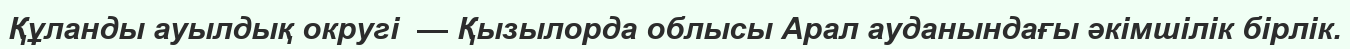
Құланды ауылдық округі  — Қызылорда облысы Арал ауданындағы әкімшілік бірлік.